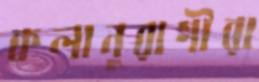
কলানুরাগীরা